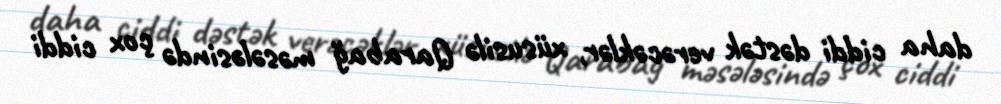
daha ciddi dəstək verəcəklər, xüsusilə Qarabağ məsələsində çox ciddi